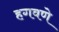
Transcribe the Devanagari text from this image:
हगवणे